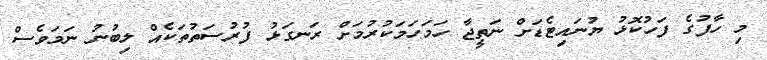
މި ހާފުގެ ފަހުކޮޅު ޔުނައިޓެޑަށް ނަތީޖާ ހަމަހަމަކުރުމަށް ރަނގަޅު ފުރުސަތުތަކެއް ލިބުނު ނަމަވެސް